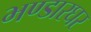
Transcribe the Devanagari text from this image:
भण्डारघर